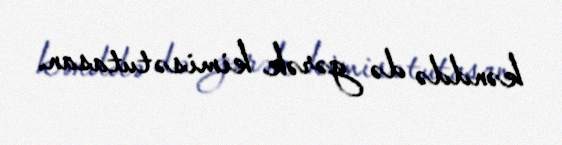
kənddə də gərək kimisə tutasan.